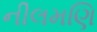
નીલમણિ